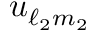
u _ { \ell _ { 2 } m _ { 2 } }